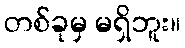
တစ်ခုမှ မရှိဘူး။